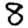
Digit: 8